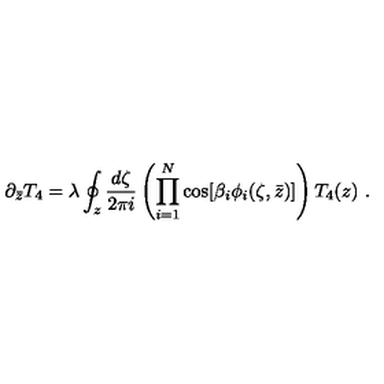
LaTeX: \partial _ { \bar { z } } T _ { 4 } = \lambda \oint _ { z } \frac { d \zeta } { 2 \pi i } \left( \prod _ { i = 1 } ^ { N } \cos [ { \beta } _ { i } \phi _ { i } ( \zeta , \bar { z } ) ] \right) T _ { 4 } ( z ) \ .